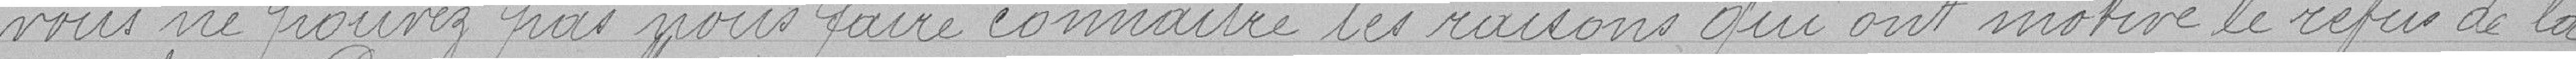
vous ne pouvez pas nous faire connaître les raisons qui ont motivé le refus de la